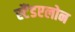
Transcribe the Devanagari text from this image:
स्टैंडएलोन